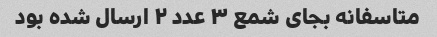
متاسفانه بجای شمع ٣ عدد ٢ ارسال شده بود